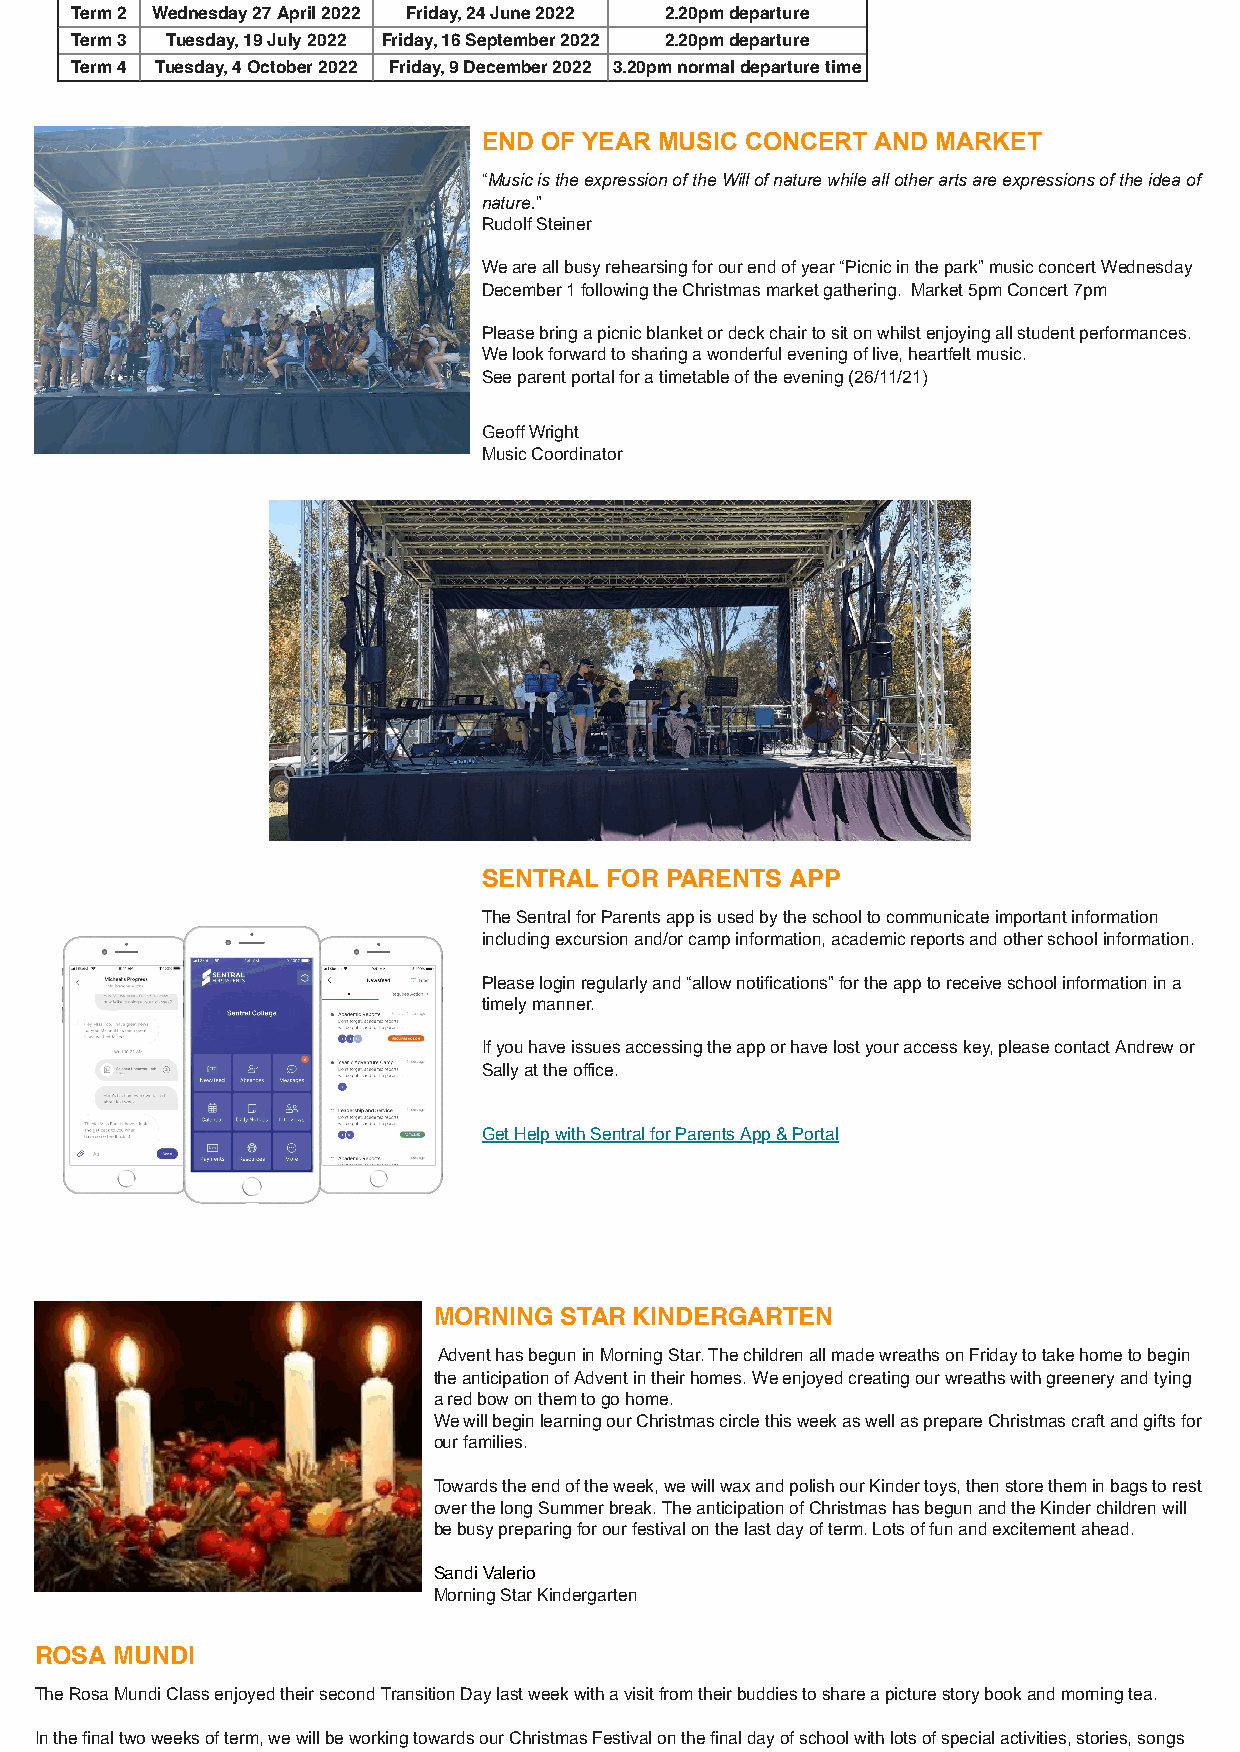
Term 2 Wednesday 27 April 2022 Friday, 24 June 2022 2.20pm departure
 Term 3 Tuesday, 19 July 2022 Friday, 16 September 2022 2.20pm departure
 Term 4 Tuesday, 4 October 2022 Friday, 9 December 2022 3.20pm normal departure time
 END OF YEAR MUSIC CONCERT AND MARKET
 “Music is the expression of the Will of nature while all other arts are expressions of the idea of
 nature.”
 Rudolf Steiner
 We are all busy rehearsing for our end of year “Picnic in the park” music concert Wednesday
 December 1 following the Christmas market gathering. Market 5pm Concert 7pm
 Please bring a picnic blanket or deck chair to sit on whilst enjoying all student performances.
 We look forward to sharing a wonderful evening of live, heartfelt music.
 See parent portal for a timetable of the evening (26/11/21)
 Geoff Wright
 Music Coordinator
 SENTRAL FOR PARENTS APP
 The Sentral for Parents app is used by the school to communicate important information
 including excursion and/or camp information, academic reports and other school information.
 Please login regularly and “allow notifications” for the app to receive school information in a
 timely manner.
 If you have issues accessing the app or have lost your access key, please contact Andrew or
 Sally at the office.
 Get Help with Sentral for Parents App & Portal
 MORNING STAR KINDERGARTEN
 Advent has begun in Morning Star. The children all made wreaths on Friday to take home to begin
 the anticipation of Advent in their homes. We enjoyed creating our wreaths with greenery and tying
 a red bow on them to go home.
 We will begin learning our Christmas circle this week as well as prepare Christmas craft and gifts for
 our families.
 Towards the end of the week, we will wax and polish our Kinder toys, then store them in bags to rest
 over the long Summer break. The anticipation of Christmas has begun and the Kinder children will
 be busy preparing for our festival on the last day of term. Lots of fun and excitement ahead.
 Sandi Valerio
 Morning Star Kindergarten
 ROSA  MUNDI
 The Rosa Mundi Class enjoyed their second Transition Day last week with a visit from their buddies to share a picture story book and morning tea.
 In the final two weeks of term, we will be working towards our Christmas Festival on the final day of school with lots of special activities, stories, songs